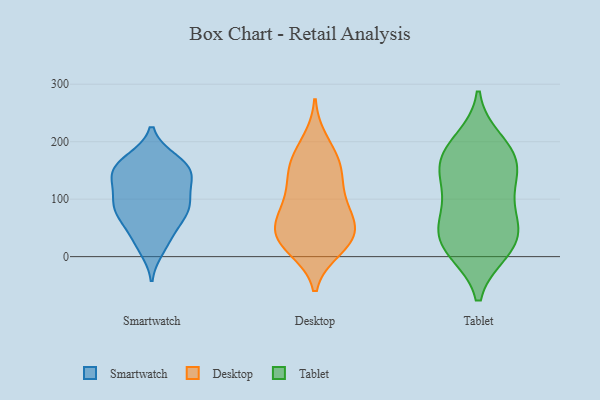
{"axis": {"x": "Revenue (USD Million)", "y": "Value"}, "legend": ["Desktop", "Smartwatch", "Tablet"], "data": [{"x": "", "y": 98, "type": "Smartwatch"}, {"x": "", "y": 145, "type": "Smartwatch"}, {"x": "", "y": 79, "type": "Smartwatch"}, {"x": "", "y": 22, "type": "Smartwatch"}, {"x": "", "y": 14, "type": "Smartwatch"}, {"x": "", "y": 77, "type": "Smartwatch"}, {"x": "", "y": 137, "type": "Smartwatch"}, {"x": "", "y": 128, "type": "Smartwatch"}, {"x": "", "y": 71, "type": "Smartwatch"}, {"x": "", "y": 143, "type": "Smartwatch"}, {"x": "", "y": 169, "type": "Smartwatch"}, {"x": "", "y": 40, "type": "Smartwatch"}, {"x": "", "y": 93, "type": "Smartwatch"}, {"x": "", "y": 141, "type": "Smartwatch"}, {"x": "", "y": 59, "type": "Smartwatch"}, {"x": "", "y": 158, "type": "Smartwatch"}, {"x": "", "y": 101, "type": "Smartwatch"}, {"x": "", "y": 91, "type": "Smartwatch"}, {"x": "", "y": 169, "type": "Smartwatch"}, {"x": "", "y": 160, "type": "Smartwatch"}, {"x": "", "y": 152, "type": "Desktop"}, {"x": "", "y": 39, "type": "Desktop"}, {"x": "", "y": 91, "type": "Desktop"}, {"x": "", "y": 154, "type": "Desktop"}, {"x": "", "y": 93, "type": "Desktop"}, {"x": "", "y": 20, "type": "Desktop"}, {"x": "", "y": 200, "type": "Desktop"}, {"x": "", "y": 110, "type": "Desktop"}, {"x": "", "y": 42, "type": "Desktop"}, {"x": "", "y": 147, "type": "Desktop"}, {"x": "", "y": 14, "type": "Desktop"}, {"x": "", "y": 47, "type": "Desktop"}, {"x": "", "y": 50, "type": "Desktop"}, {"x": "", "y": 175, "type": "Desktop"}, {"x": "", "y": 69, "type": "Desktop"}, {"x": "", "y": 22, "type": "Desktop"}, {"x": "", "y": 58, "type": "Tablet"}, {"x": "", "y": 147, "type": "Tablet"}, {"x": "", "y": 11, "type": "Tablet"}, {"x": "", "y": 11, "type": "Tablet"}, {"x": "", "y": 104, "type": "Tablet"}, {"x": "", "y": 168, "type": "Tablet"}, {"x": "", "y": 200, "type": "Tablet"}, {"x": "", "y": 178, "type": "Tablet"}, {"x": "", "y": 170, "type": "Tablet"}, {"x": "", "y": 26, "type": "Tablet"}, {"x": "", "y": 60, "type": "Tablet"}, {"x": "", "y": 39, "type": "Tablet"}, {"x": "", "y": 122, "type": "Tablet"}]}